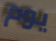
يوم